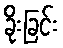
ခိုးခြင်း